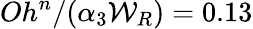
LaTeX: Oh^{n}/(\alpha_{3}{\mathcal{W}}_{R})=0.13